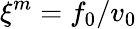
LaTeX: \xi^{m}=f_{0}/v_{0}